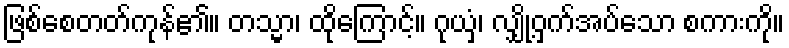
ဖြစ်စေတတ်ကုန်၏။ တသ္မာ၊ ထိုကြောင့်။ ဂုယှံ၊ လျှို့ဝှက်အပ်သော စကားကို။